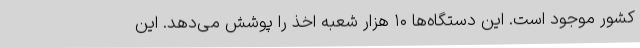
کشور موجود است. این دستگاه‌ها ۱۰ هزار شعبه اخذ را پوشش می‌دهد. این